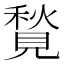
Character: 𧡣